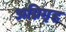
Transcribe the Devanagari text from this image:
अग्निगृह